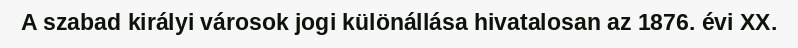
A szabad királyi városok jogi különállása hivatalosan az 1876. évi XX.